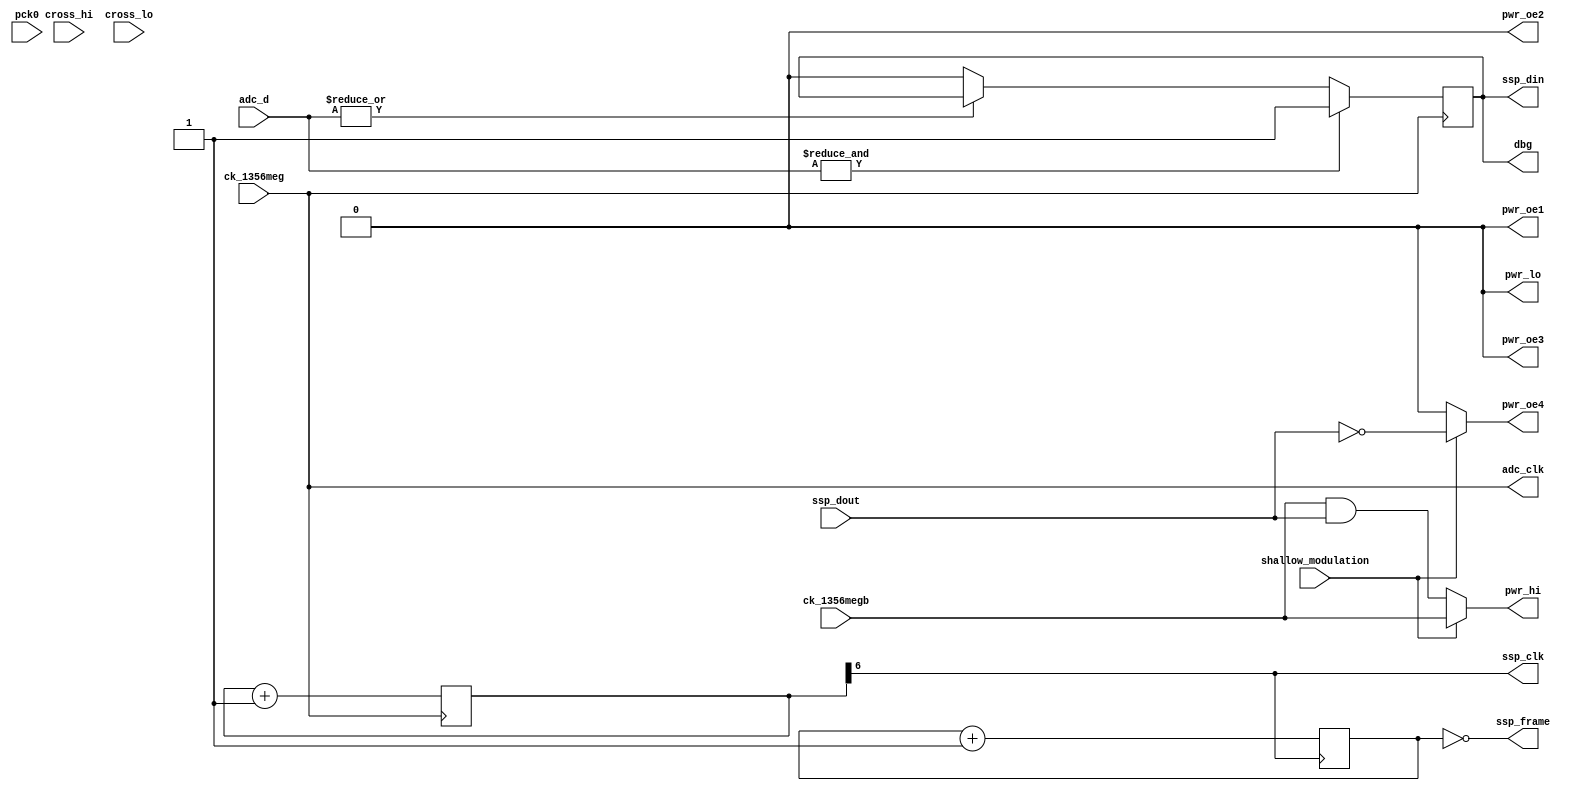
module hi_read_tx_2(
    pck0, ck_1356meg, ck_1356megb,
    pwr_lo, pwr_hi, pwr_oe1, pwr_oe2, pwr_oe3, pwr_oe4,
    adc_d, adc_clk,
    ssp_frame, ssp_din, ssp_dout, ssp_clk,
    cross_hi, cross_lo,
    dbg,
    shallow_modulation
);
    input pck0, ck_1356meg, ck_1356megb;
    output pwr_lo, pwr_hi, pwr_oe1, pwr_oe2, pwr_oe3, pwr_oe4;
    input [7:0] adc_d;
    output adc_clk;
    input ssp_dout;
    output ssp_frame, ssp_din, ssp_clk;
    input cross_hi, cross_lo;
    output dbg;
    input shallow_modulation;
assign pwr_lo = 1'b0;
assign pwr_oe2 = 1'b0;
reg pwr_hi;
reg pwr_oe1;
reg pwr_oe3;
reg pwr_oe4;
always @(ck_1356megb or ssp_dout or shallow_modulation)
begin
    if(shallow_modulation)
    begin
        pwr_hi <= ck_1356megb;
        pwr_oe1 <= 1'b0;
        pwr_oe3 <= 1'b0;
        pwr_oe4 <= ~ssp_dout;
    end
    else
    begin
        pwr_hi <= ck_1356megb & ssp_dout;
        pwr_oe1 <= 1'b0;
        pwr_oe3 <= 1'b0;
        pwr_oe4 <= 1'b0;
    end
end
reg [6:0] hi_div_by_128;
always @(posedge ck_1356meg)
    hi_div_by_128 <= hi_div_by_128 + 1;
assign ssp_clk = hi_div_by_128[6];
reg [2:0] hi_byte_div;
always @(negedge ssp_clk)
    hi_byte_div <= hi_byte_div + 1;
assign ssp_frame = (hi_byte_div == 3'b000);
assign adc_clk = ck_1356meg;
reg after_hysteresis;
always @(negedge adc_clk)
begin
    if(& adc_d[7:0]) after_hysteresis <= 1'b1;
    else if(~(| adc_d[7:0])) after_hysteresis <= 1'b0;
end
assign ssp_din = after_hysteresis;
assign dbg = ssp_din;
endmodule